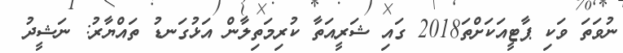
ނުވަތަ ވަކި ޕާޓީއަކަށްތަ2018 ގައި ޝަރީއަތާ ކުރިމަތިލާން އަޅުގަނޑު ތައްޔާރު: ނަޝީދު